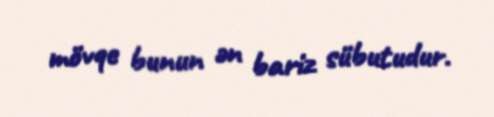
mövqe bunun ən bariz sübutudur.